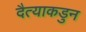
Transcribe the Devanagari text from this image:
दैत्याकडुन